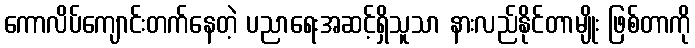
ကောလိပ်ကျောင်းတက်နေတဲ့ ပညာရေးအဆင့်ရှိသူသာ နားလည်နိုင်တာမျိုး ဖြစ်တာကို